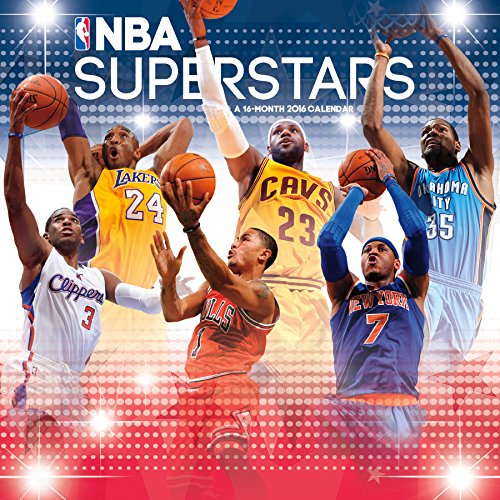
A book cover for NBA Superstars 2016 Wall Calendar; Trends International; Calendars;